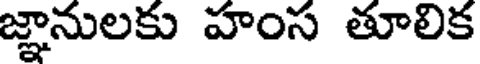
జ్ఞానులకు హంస తూలిక